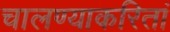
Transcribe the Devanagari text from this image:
चालण्याकरितां